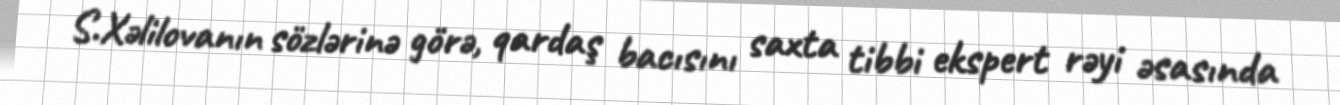
S.Xəlilovanın sözlərinə görə, qardaş bacısını saxta tibbi ekspert rəyi əsasında